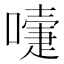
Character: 𭋄